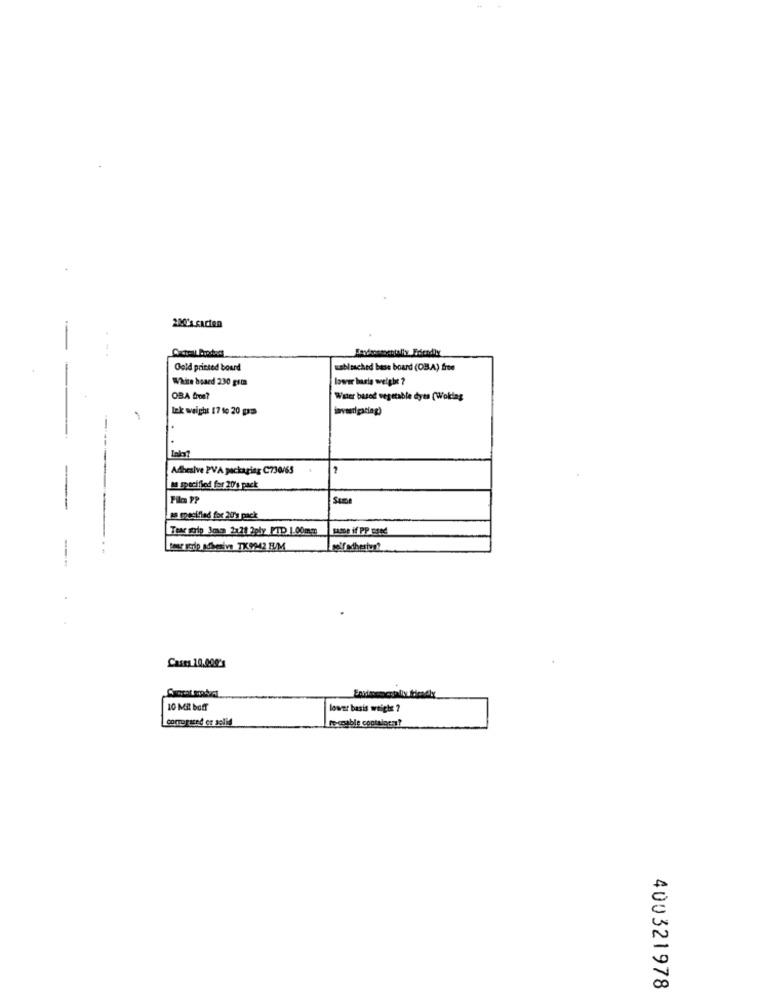
200's cation
Gold printed board
sablesched base board (OB.A) free
White board 230 gsta
lower baria weight ?
OBA Iros?
Water based vegetable dyts (Woking
lek weight 17 to 20 gas
1
Adhesive PVA packaging C730/65
A specified for 20's pack
15 mesiflad for 20's pack
Tear soip Jem 2121 2pły PTD 1.00mm
SASDe if PP Este
Custa 10.000 **
10 Mil boff
lower basis weight ?
te coable coptaincar?
400321978